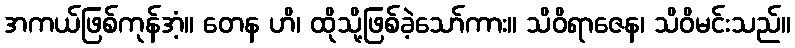
အကယ်ဖြစ်ကုန်အံ့။ တေန ဟိ၊ ထိုသို့ဖြစ်ခဲ့သော်ကား။ သိဝိရာဇေန၊ သိဝိမင်းသည်။